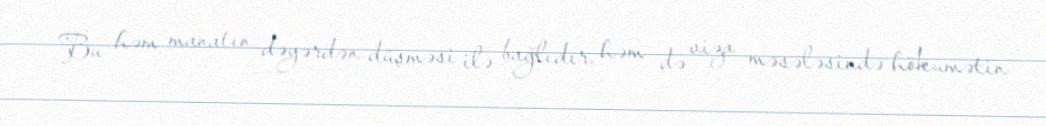
Bu həm manatın dəyərdən düşməsi ilə bağlıdır, həm də viza məsələsində hökumətin